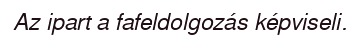
Az ipart a fafeldolgozás képviseli.